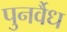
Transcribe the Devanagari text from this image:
पुनर्वैध